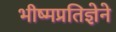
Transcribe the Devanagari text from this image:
भीष्मप्रतिज्ञेने